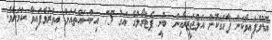
ބޮޑުވެފައިވާކަން ފާހަގަކޮށް އަލްޖަޒީރާއިން ބުނީ ޕެޓްރޯލުގެ އަގު 75 އިންސައްތައަށް އިތުރުވެފައިވާ ކަމަށެވެ.